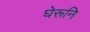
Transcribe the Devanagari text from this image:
घेरूनि